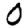
Digit: 0